Leaving Certificate Examination (including Day School Certificate (Higher) General paper), 1939
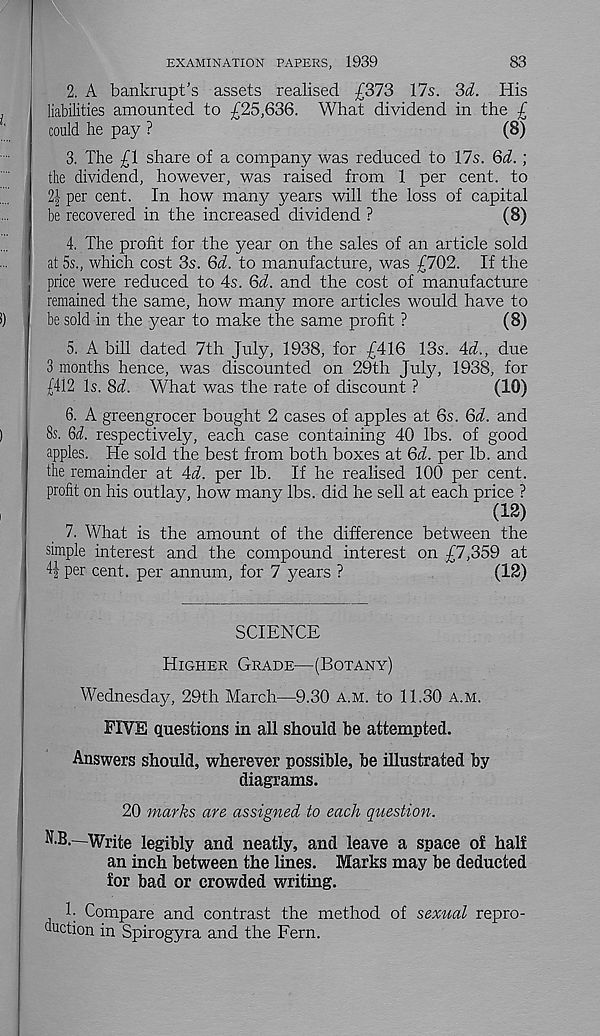
83
EXAMINATION PAPERS, 1939
2. A bankrupt’s assets realised £373 17s. 3d. His
liabilities amounted to £25,636. What dividend in the £
could he pay ?
(8)
3. The £1 share of a company was reduced to 17s. 6d.;
the dividend, however, was raised from 1 per cent, to
2| per cent. In how manj^ years will the loss of capital
be recovered in the increased dividend ?
(8)
4. The profit for the year on the sales of an article sold
at 5s., which cost 3s. 6d. to manufacture, was £702. If the
price were reduced to 4s. 6d. and the cost of manufacture
remained the same, how many more articles would have to
be sold in the year to make the same profit ?
(8)
5. A bill dated 7th July, 1938, for £416 13s. 4d., due
3 months hence, was discounted on 29th July, 1938, for
£412 Is. 8d. What was the rate of discount ?
(10)
6. A greengrocer bought 2 cases of apples at 6s. 6d. and
8s. 6d. respectively, each case containing 40 lbs. of good
apples. He sold the best from both boxes at 6d. per lb. and
the remainder at 4d. per lb. If he realised 100 per cent,
profit on his outlay, how many lbs. did he sell at each price ?
(12)
7. What is the amount of the difference between the
simple interest and the compound interest on £7,359 at
per cent, per annum, for 7 years ?
(12)
SCIENCE
Higher Grade—(Botany)
Wednesday, 29th March—9.30 a.m. to 11.30 a.m.
FIVE questions in all should be attempted.
Answers should, wherever possible, be illustrated by
diagrams.
20 marks are assigned to each question.
N.B.—Write legibly and neatly, and leave a space of half
an inch between the lines. Marks may be deducted
for bad or crowded writing.
T Compare and contrast the method of sexual repro-
duction in Spirogyra and the Fern.